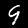
Label: 9